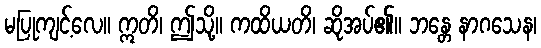
မပြုကျင့်လေ။ ဣတိ၊ ဤသို့။ ကထိယတိ၊ ဆိုအပ်၏။ ဘန္တေ နာဂသေန၊